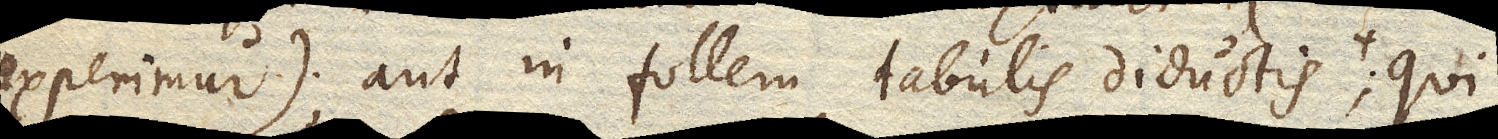
experimur); aut in follem tabulis diductis qui